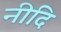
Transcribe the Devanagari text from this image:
नीदि